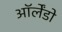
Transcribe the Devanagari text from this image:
ऑर्लेंडो